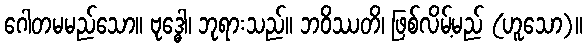
ဂေါတမမည်သော။ ဗုဒ္ဓေါ၊ ဘုရားသည်။ ဘဝိဿတိ၊ ဖြစ်လိမ့်မည် (ဟူသော)။